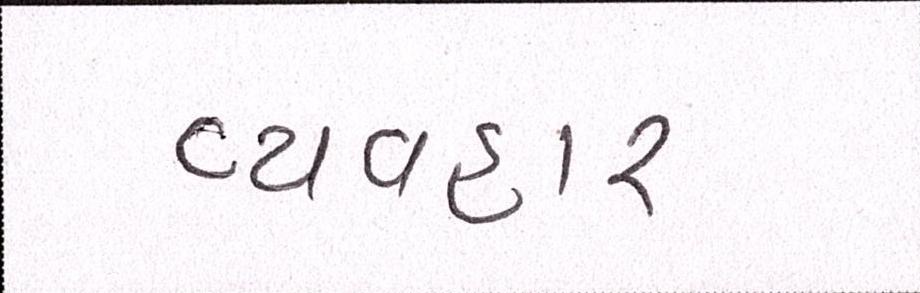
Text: વ્યવહાર